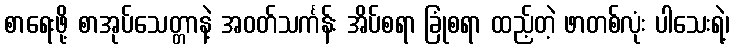
စာရေးဖို့ စာအုပ်သေတ္တာနဲ့ အဝတ်သင်္ကန်း အိပ်စရာ ခြုံစရာ ထည့်တဲ့ ဖာတစ်လုံး ပါသေးရဲ့၊